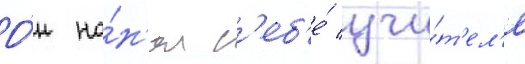
О́н на́н'ял с'еб'е́ учи́т'ел'я